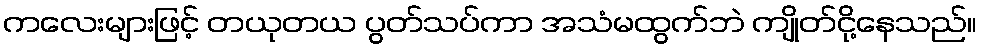
ကလေးများဖြင့် တယုတယ ပွတ်သပ်ကာ အသံမထွက်ဘဲ ကျိုတ်ငို့နေသည်။